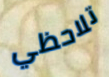
تلاحظي